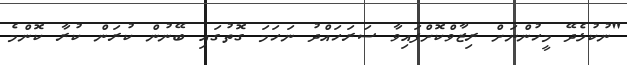
"ނުކުޅެދޭ މީހުންނަށް ރިޒާވްކޮށްފައިވާ ސަރަހައްދު ނަހަމަ ގޮތުގައި ބޭނުން ކުރަން ކުރާ ކޮންމެ